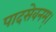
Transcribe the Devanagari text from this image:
पादसेवनम्।